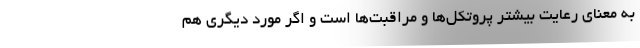
به معنای رعایت بیشتر پروتکل‌ها و مراقبت‌ها است‌ و اگر مورد دیگری هم